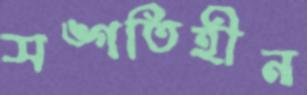
সঙ্গতিহীন